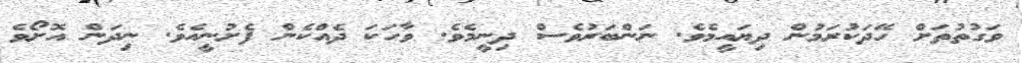
ވަގުތުތަށް ހޭދަކުރަމުން ދިޔައީމެވެ. ނަންބަރުވެސް ދިނީމެވެ. ވާހަކަ ދެއްކެން ފެށުނީއެވެ. ނިދަން އޮށޯވެ